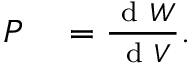
\begin{array} { r l } { P } & { { } = \frac { \mathrm { ~ d ~ } W } { \mathrm { ~ d ~ } V } . } \end{array}